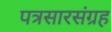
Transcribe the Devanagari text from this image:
पत्रसारसंग्रह